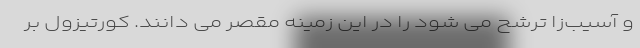
و آسیب‌زا ترشح می شود را در این زمینه مقصر می دانند. کورتیزول بر